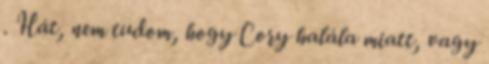
. Hát, nem tudom, hogy Cory halála miatt, vagy